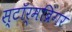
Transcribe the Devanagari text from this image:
स्टॉर्मब्रिंगर